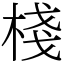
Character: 棧